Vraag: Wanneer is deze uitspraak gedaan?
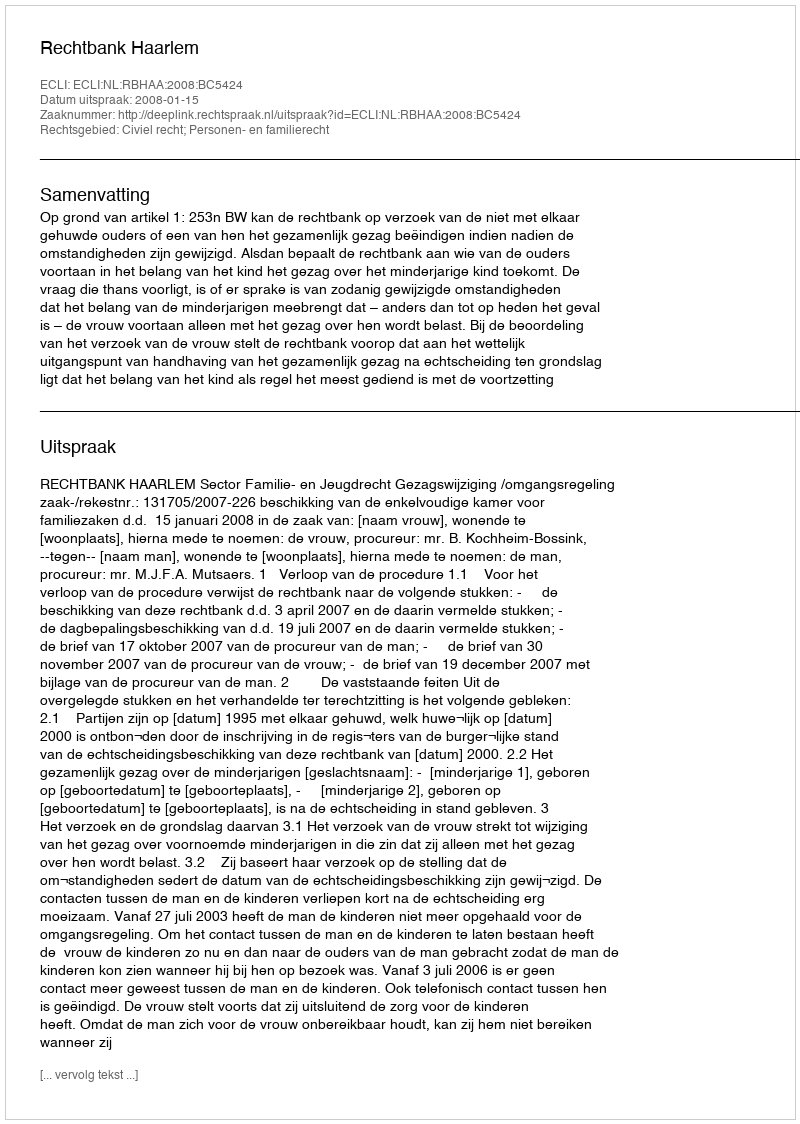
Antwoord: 2008-01-15